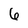
Character: 6